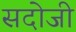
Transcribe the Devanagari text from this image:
सदोजी